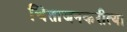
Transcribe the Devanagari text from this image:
चिंताजनकरीत्या